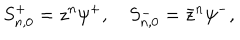
S _ { n , 0 } ^ { + } = z ^ { n } \psi ^ { + } , \quad S _ { n , 0 } ^ { - } = \bar { z } ^ { n } \psi ^ { - } ,